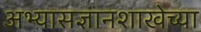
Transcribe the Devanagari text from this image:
अभ्यासज्ञानशाखेच्या